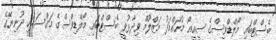
ބެސްޓްބައި މޯލްޑްވިސްގެ ސީއީއޯ މުހައްމަދު މަޒްލޫމް ވިދާޅުވީ ބެސްޓްބައި މޯލްޑިވްސްގެ މަގްސަދަކީ ދުނިޔޭގެ